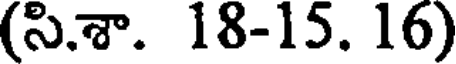
(సి.శా. 18-15. 16)